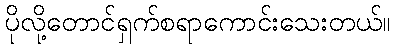
ပိုလို့တောင်ရှက်စရာကောင်းသေးတယ်။